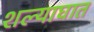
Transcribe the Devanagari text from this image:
शल्याघात